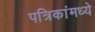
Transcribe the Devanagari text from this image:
पत्रिकांमध्ये